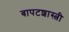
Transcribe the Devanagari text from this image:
बापटशास्त्री